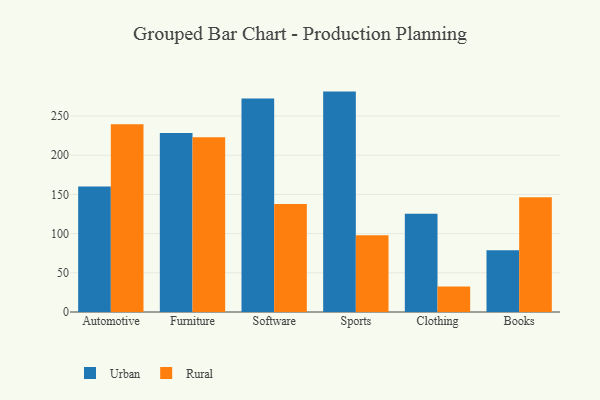
{"axis": {"x": "Category", "y": "Page Views"}, "legend": ["Rural", "Urban"], "data": [{"x": "Automotive", "y": 160.1, "type": "Urban"}, {"x": "Automotive", "y": 239.4, "type": "Rural"}, {"x": "Furniture", "y": 228.3, "type": "Urban"}, {"x": "Furniture", "y": 223.0, "type": "Rural"}, {"x": "Software", "y": 272.3, "type": "Urban"}, {"x": "Software", "y": 137.8, "type": "Rural"}, {"x": "Sports", "y": 281.2, "type": "Urban"}, {"x": "Sports", "y": 97.8, "type": "Rural"}, {"x": "Clothing", "y": 125.3, "type": "Urban"}, {"x": "Clothing", "y": 32.4, "type": "Rural"}, {"x": "Books", "y": 78.7, "type": "Urban"}, {"x": "Books", "y": 146.5, "type": "Rural"}]}